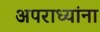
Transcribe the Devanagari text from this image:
अपराध्यांना